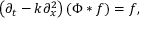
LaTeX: \left( \partial _ { t } - k \partial _ { x } ^ { 2 } \right) ( \Phi * f ) = f ,